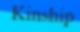
Kinship